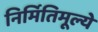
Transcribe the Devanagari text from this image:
निर्मितिमूल्ये